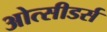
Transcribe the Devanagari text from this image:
ओत्सीडर्स